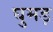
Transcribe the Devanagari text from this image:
घुमड़